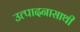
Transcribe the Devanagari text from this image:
उत्पादनासाथी